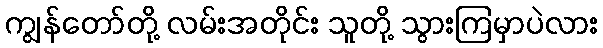
ကျွန်တော်တို့ လမ်းအတိုင်း သူတို့ သွားကြမှာပဲလား